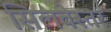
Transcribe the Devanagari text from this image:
सिलवेस्तर